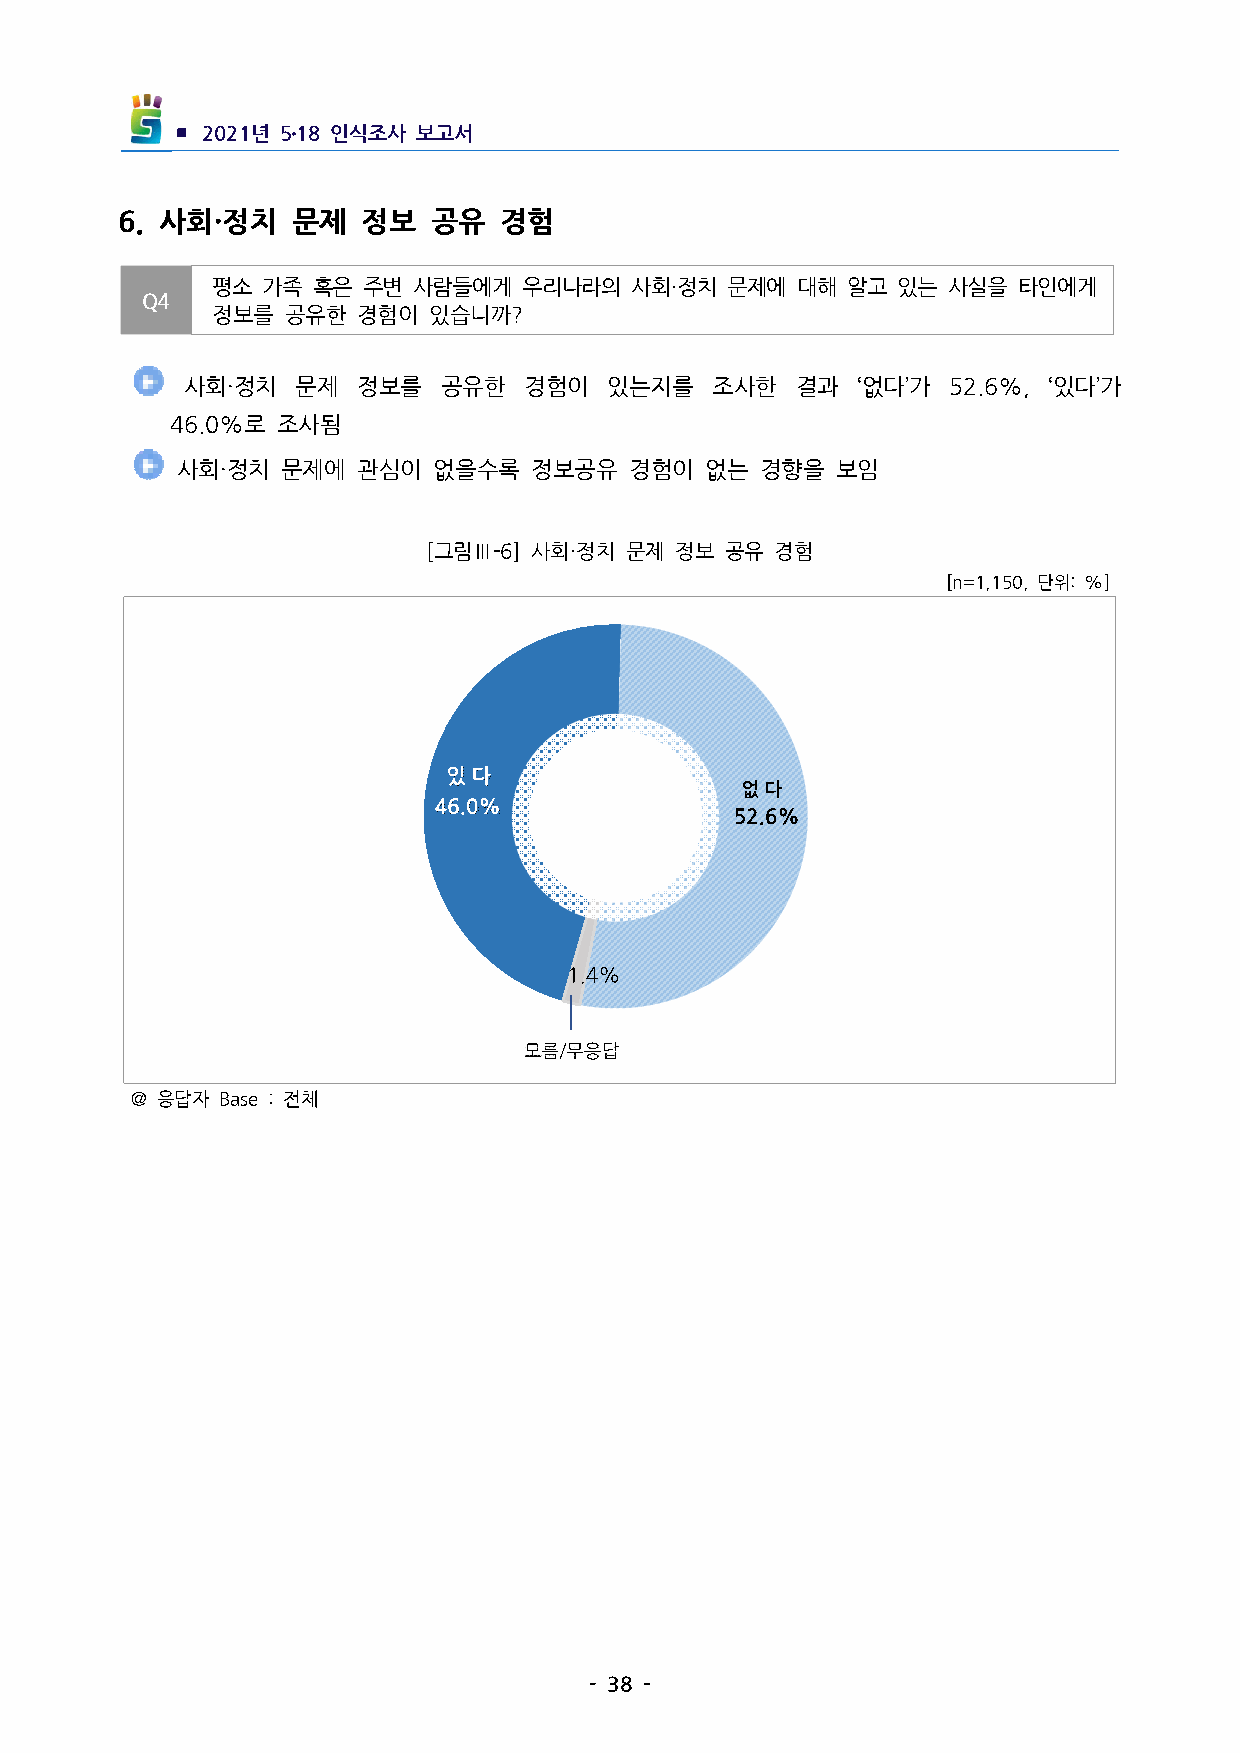
▪ 2021년 5․18인식조사 보고서
 6. 사회·정치  문제   정보   공유  경험
 평소 가족  혹은 주변 사람들에게   우리나라의  사회·정치 문제에  대해 알고 있는  사실을 타인에게
 Q4
 정보를  공유한  경험이 있습니까?
  사회·정치  문제  정보를  공유한   경험이  있는지를   조사한   결과  ‘없다’가 52.6%, ‘있다’가
 46.0%로 조사됨
 사회·정치  문제에  관심이  없을수록  정보공유   경험이  없는 경향을  보임
 [그림Ⅲ-6] 사회·정치 문제 정보 공유 경험
 [n=1,150,단위:%]
 ＠응답자 Base:전체
 -38-